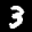
Label: 3